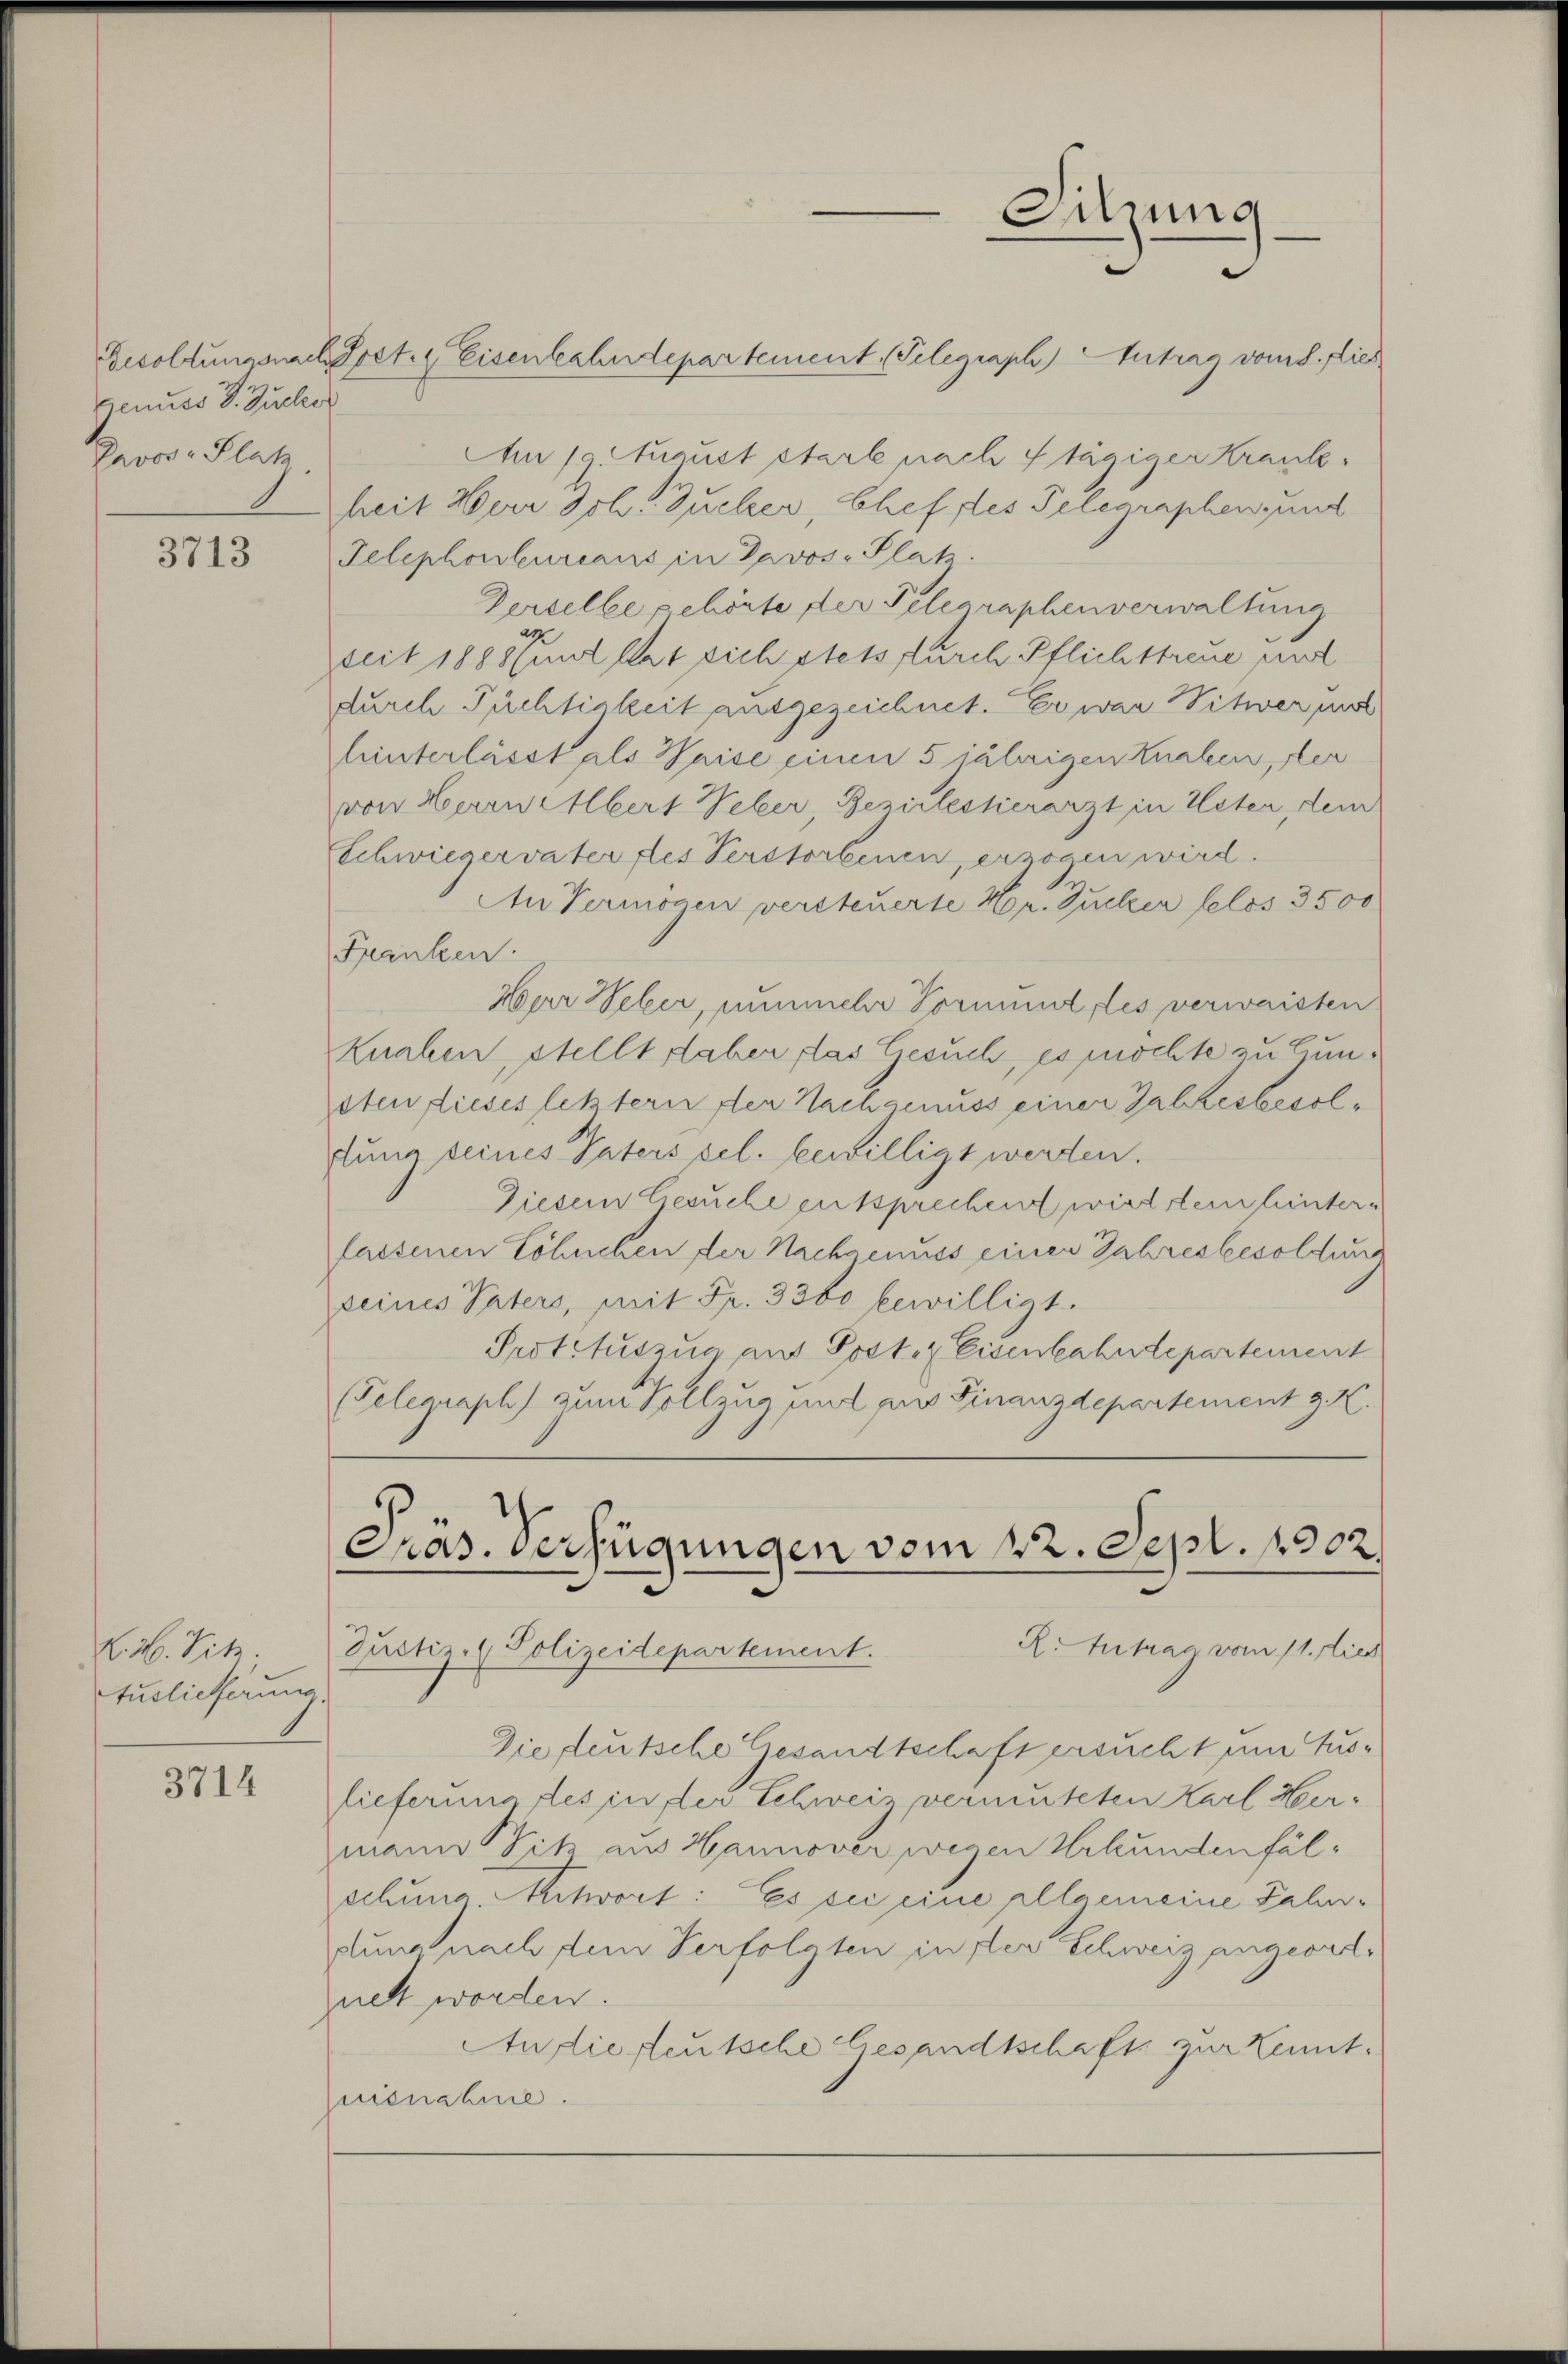
genuss S. Zucker
Prvos- Platz

3713

K. M. Pitz.
tuslieferung,

3714

Besoldungsnach Greter Eisenbahndepartement. (Telegraph) Antrag vom 8. Dies
Am 1. August starle nach Stägiger Krankheit Herr Joh. Zucker, Chef des Telegraphen, und
Telephonbureaus in Davos- Platz.
Derselbe gehörte der Telegraphenverwaltung
seit 1888 funt hat sich stets durch Pflichttreue und
durch Tüchtigkeit ausgezeichnet. Er war Witwer und
hinterlässt als Waise einen 5 jährigen Knaben, der
von Herrn Albert Weber Bezielessierarzt in Wesen, dem
Schwiegervater des Verstorbenen, erzogen wird.
An Vermögen versteuerte Hr. Zucker belos 3500
Franken.
Har Weber, nunmehr Vormund, des verwaisten
Knaben, stellt daher, das Gesuch, es möchte zu Gunsten dieses letztern der Nachgenuss einer Gabkesbesolfung seines Vaters sel. bewilligt werden.
Diesem Gesuche entsprechen wird stein hinter-
fassenen Löhnchen der Nachgenuss einen Jahresbesoldung
seines Vaters, mit Fr. 3360 bewilligt.
Prototuszug aus Post. Eisenbahndepartement
(Pelernaph) zum Vollzug und aus Finanzdepartement z. K.

Präs. Verfügungen vom 22. Sept. 1902.

Sitzung

R: Antrag vom 11. Lieb
Justiz- & Polizeidepartement.
Die deutsche Gesandtschaft ersucht um Zuslieferung des in der Schweiz vermuteten Karl Hermann Sitz aus Hannover wegen Urkundenfälschung, Mitwort: Es sei eine allgemeine Lahndung nach den Verfolgten in der Schweiz angeordzuckt worden.
Anfliesteutsche Gesandtschafts zur Kenntnisnahme.